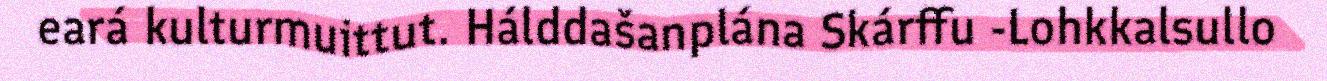
eará kulturmuittut. Hálddašanplána Skárffu -Lohkkalsullo